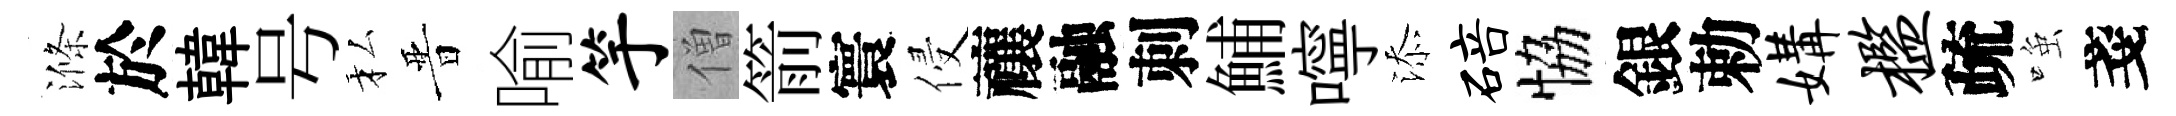
滌於韓号私晋喻竽僧箭寰侵禳融刺鯆嚀添碚恊銀勅媾槛疏𫪻戔